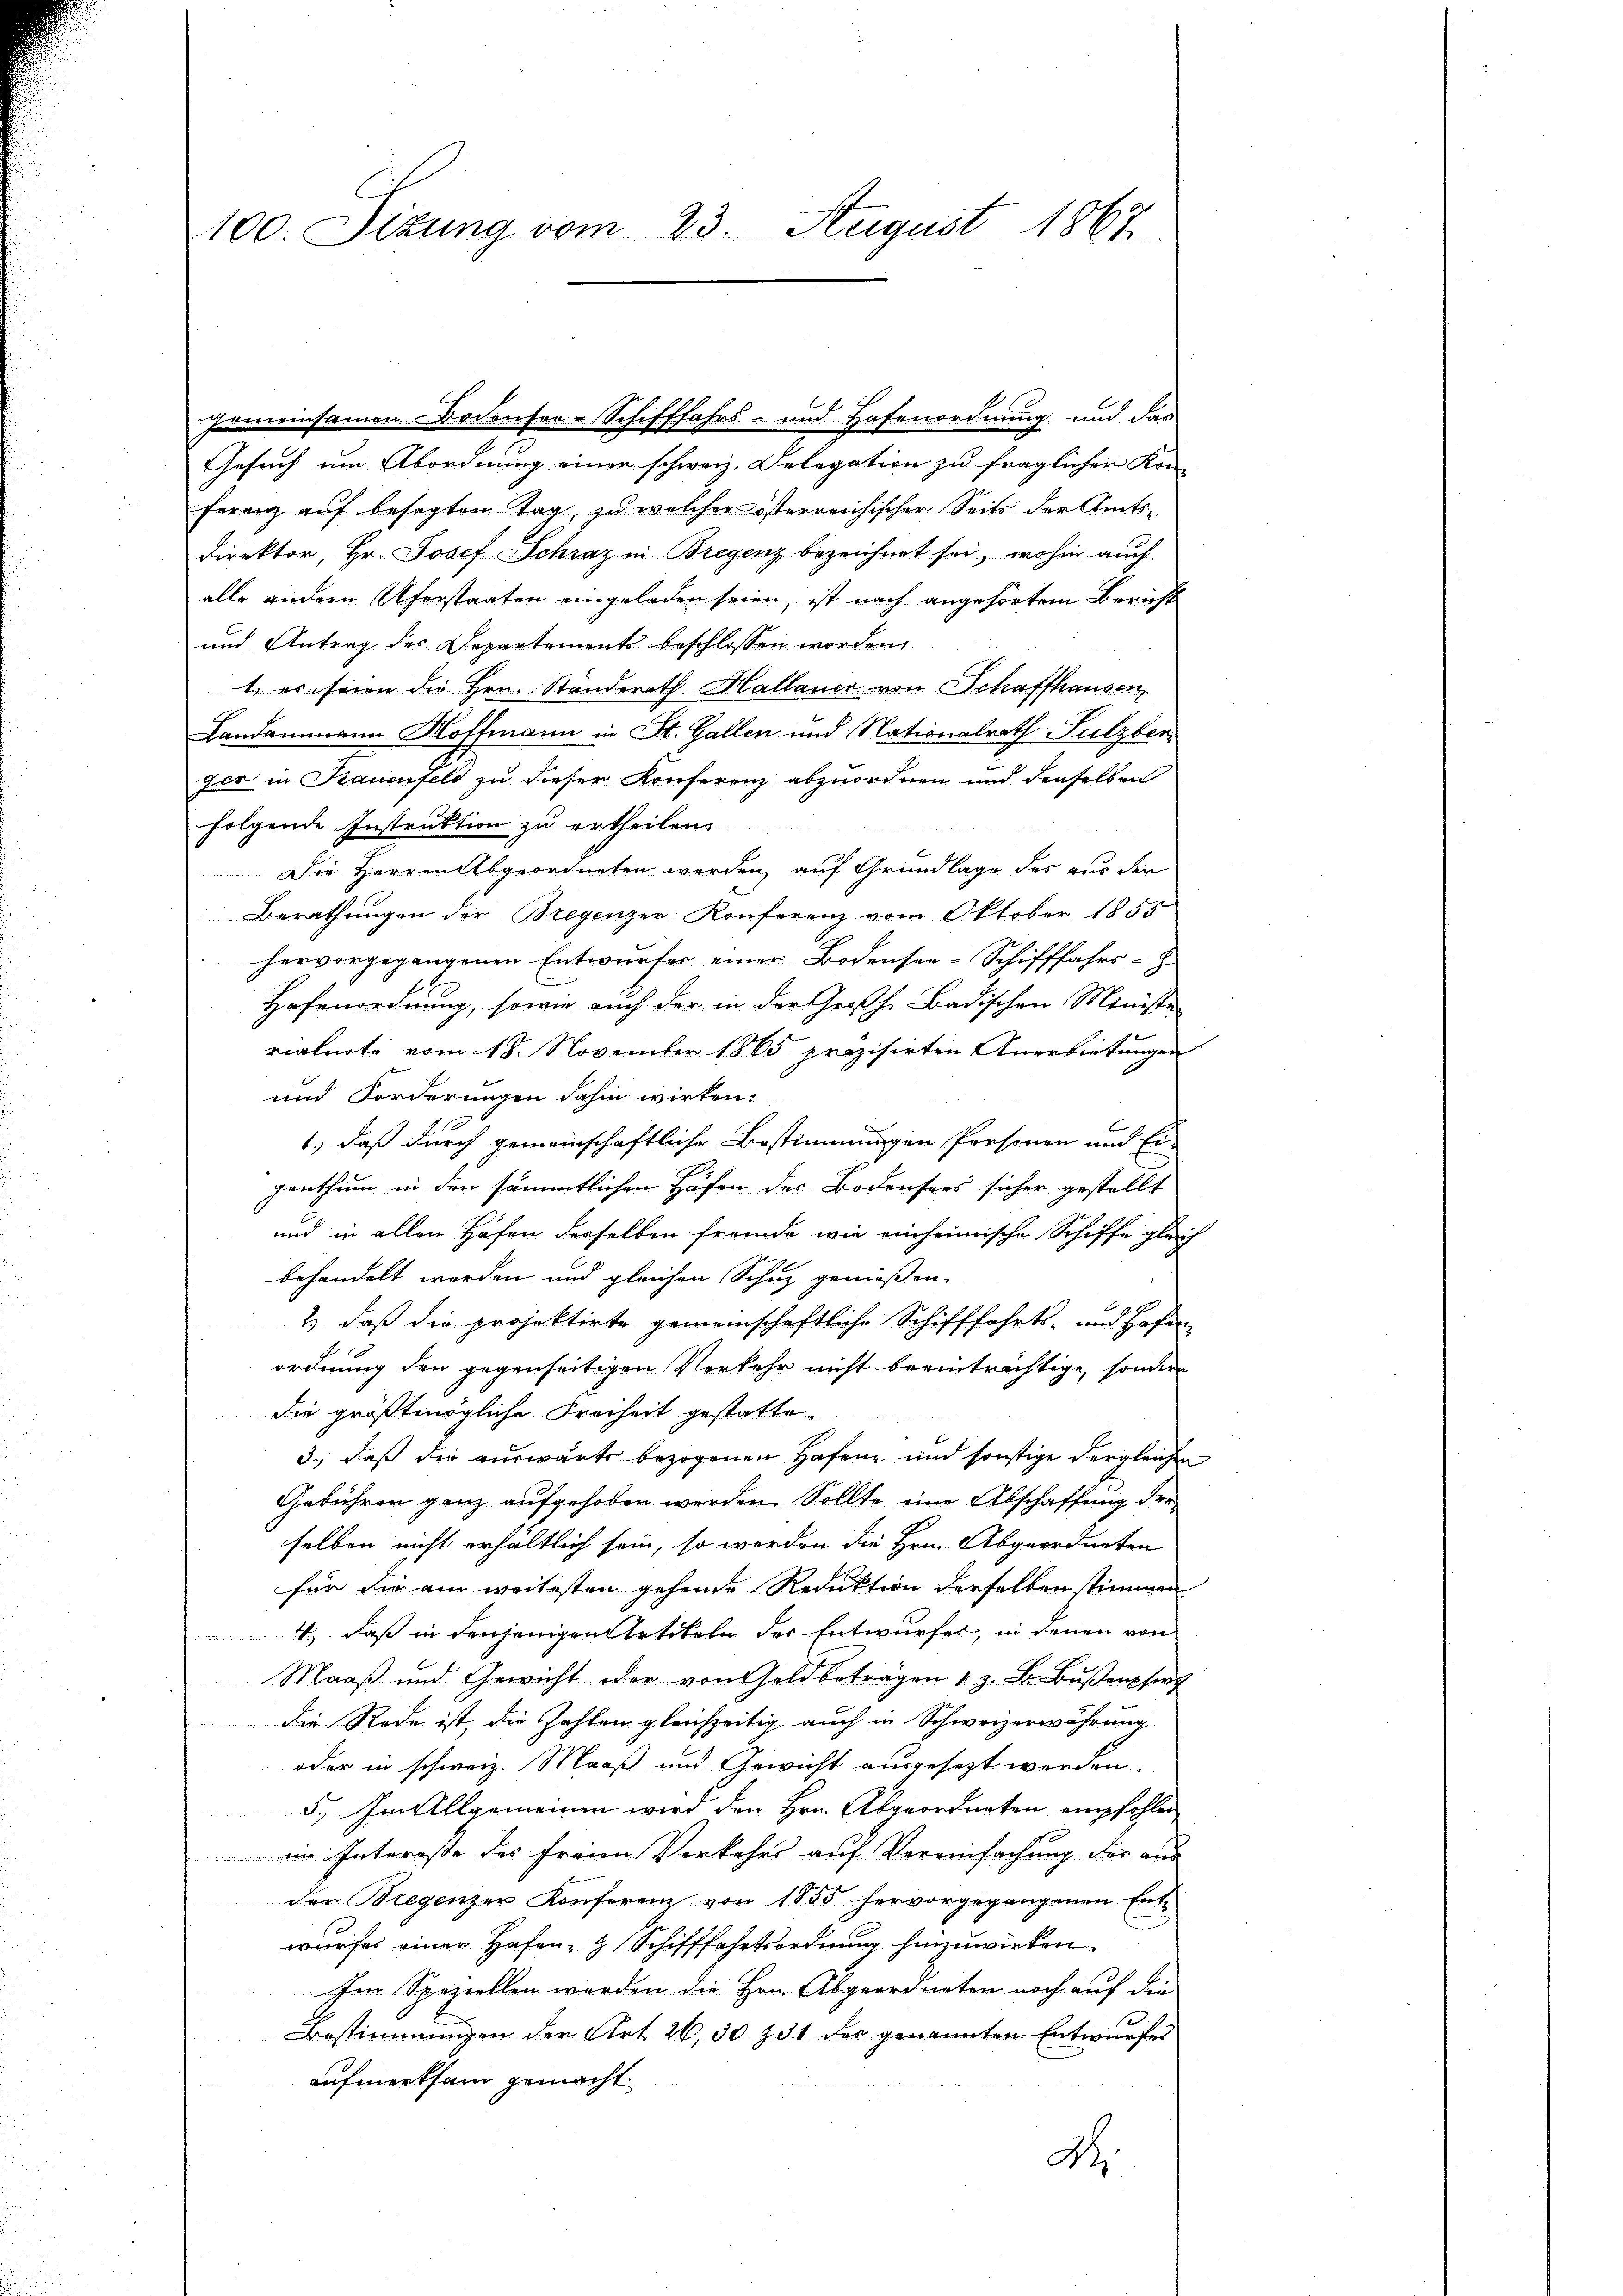
100. Sizung vom 23. August 1867

Gesuch um Abordnung einer schweiz. Delegation zu fraglicher Kon-
ferenz auf besagten Tag, zu welcher österreichischer Seits der Amts¬
Direktor, Hr. Josef Schraz in Bregenz bezeichnet sei, wohin auch
alle andern Uferstaaten eingeladen seien, ist nach angehörtem Bericht
und Antrag des Departement beschlossen worden.
1., es seien die Hrn. Standerath Hallauer von Schaffhausen,
Landammann Hoffmann in St. Gallen und Nationalrath Sulzber
ger in Kauenfeld zu dieser Konferenz abzuordnen und denselben
folgende Instruktion zu ertheilen.
Die Herren Abgeordneten werden, auf Grundlage des aus den
Berathungen der Bregenzer Konferenz vom Oktober 1855
hervorgegangenen Entwurfer einer Bodensee-Schifffahrs-Z
Hafenordnung, sowie auch der in der Großh. Badischen Ministe-
vialnote vom 18. November 1865 präzisirten Anerbietungen
und Forderungen dahin wirken:
1.) daß durch gemeinschaftliche Bestimmungen Personen und Ei-
genthum in den sämmtlichen Höfen des Bodensers sicher gestellt
und in allen Hafen derselben fremde wie einheimische Schiffe glanz
behandelt worden und gleichen Schuz genießen.
9
2.) daß die projektirte gemeinschaftliche Schifffahrts- und Hofen-
ordnung den gegenseitigen Vorkehr nicht beeinträchtige, sondern
die größtmögliche Freiheit gestatte¬
3., daß die auswärts bezogenen Hafen und sonstige Vergleichen
Gebühren ganz aufgehoben werden. Sollte eine Abschaffung der
selben nicht erhältlich sein, so werden die Hrn. Abgeordneten
für die am weitesten gehende Reduktion derselben stimmen.
1) daß in denjenigen Artikeln des Entwurfes, in denen von
Maaß und Gewicht oder von Goldbeträgen 1. z. B. Bußen sorg
 Die Rede ist, die Zahlen gleichzeitig auch in Schweizerwährung
oder in schweiz. Maaß und Gewicht ausgesezt werden.
5. Im Allgemeinen wird den Hrn. Abgeordneten empfohlen
im Interesse des freien Verkehrs auf Vereinfachung der aus
der Bregenzer Konferenz von 1855 hervorgegangenen Entwurfes einer Hafen H. Schifffahrtsordnung hinzuwirken
Im Speziellen werden die Hrn. Abgeordneten noch auf die
Bestimmungen der Art. 26, 30 § 31 des genannten Entwurfes
aufmerksam gemacht.
A.

gemeinsamen Bodensee-Schifffahrs- und Hafenordnung und das